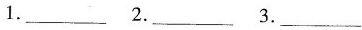
1.___ 2.___ 3.___